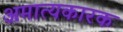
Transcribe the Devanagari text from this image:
अमात्यकारक